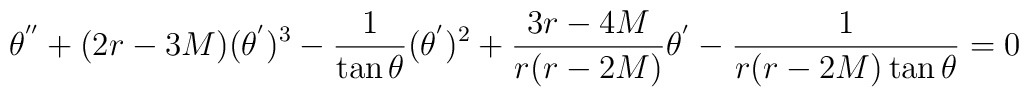
\theta ^{''} + (2r-3M)(\theta ^{'})^3- \frac{1}{\tan \theta} (\theta ^{'})^2+ \frac{3r-4M}{r(r-2M)} \theta ^{'}- \frac{1}{r(r-2M)\tan \theta} = 0